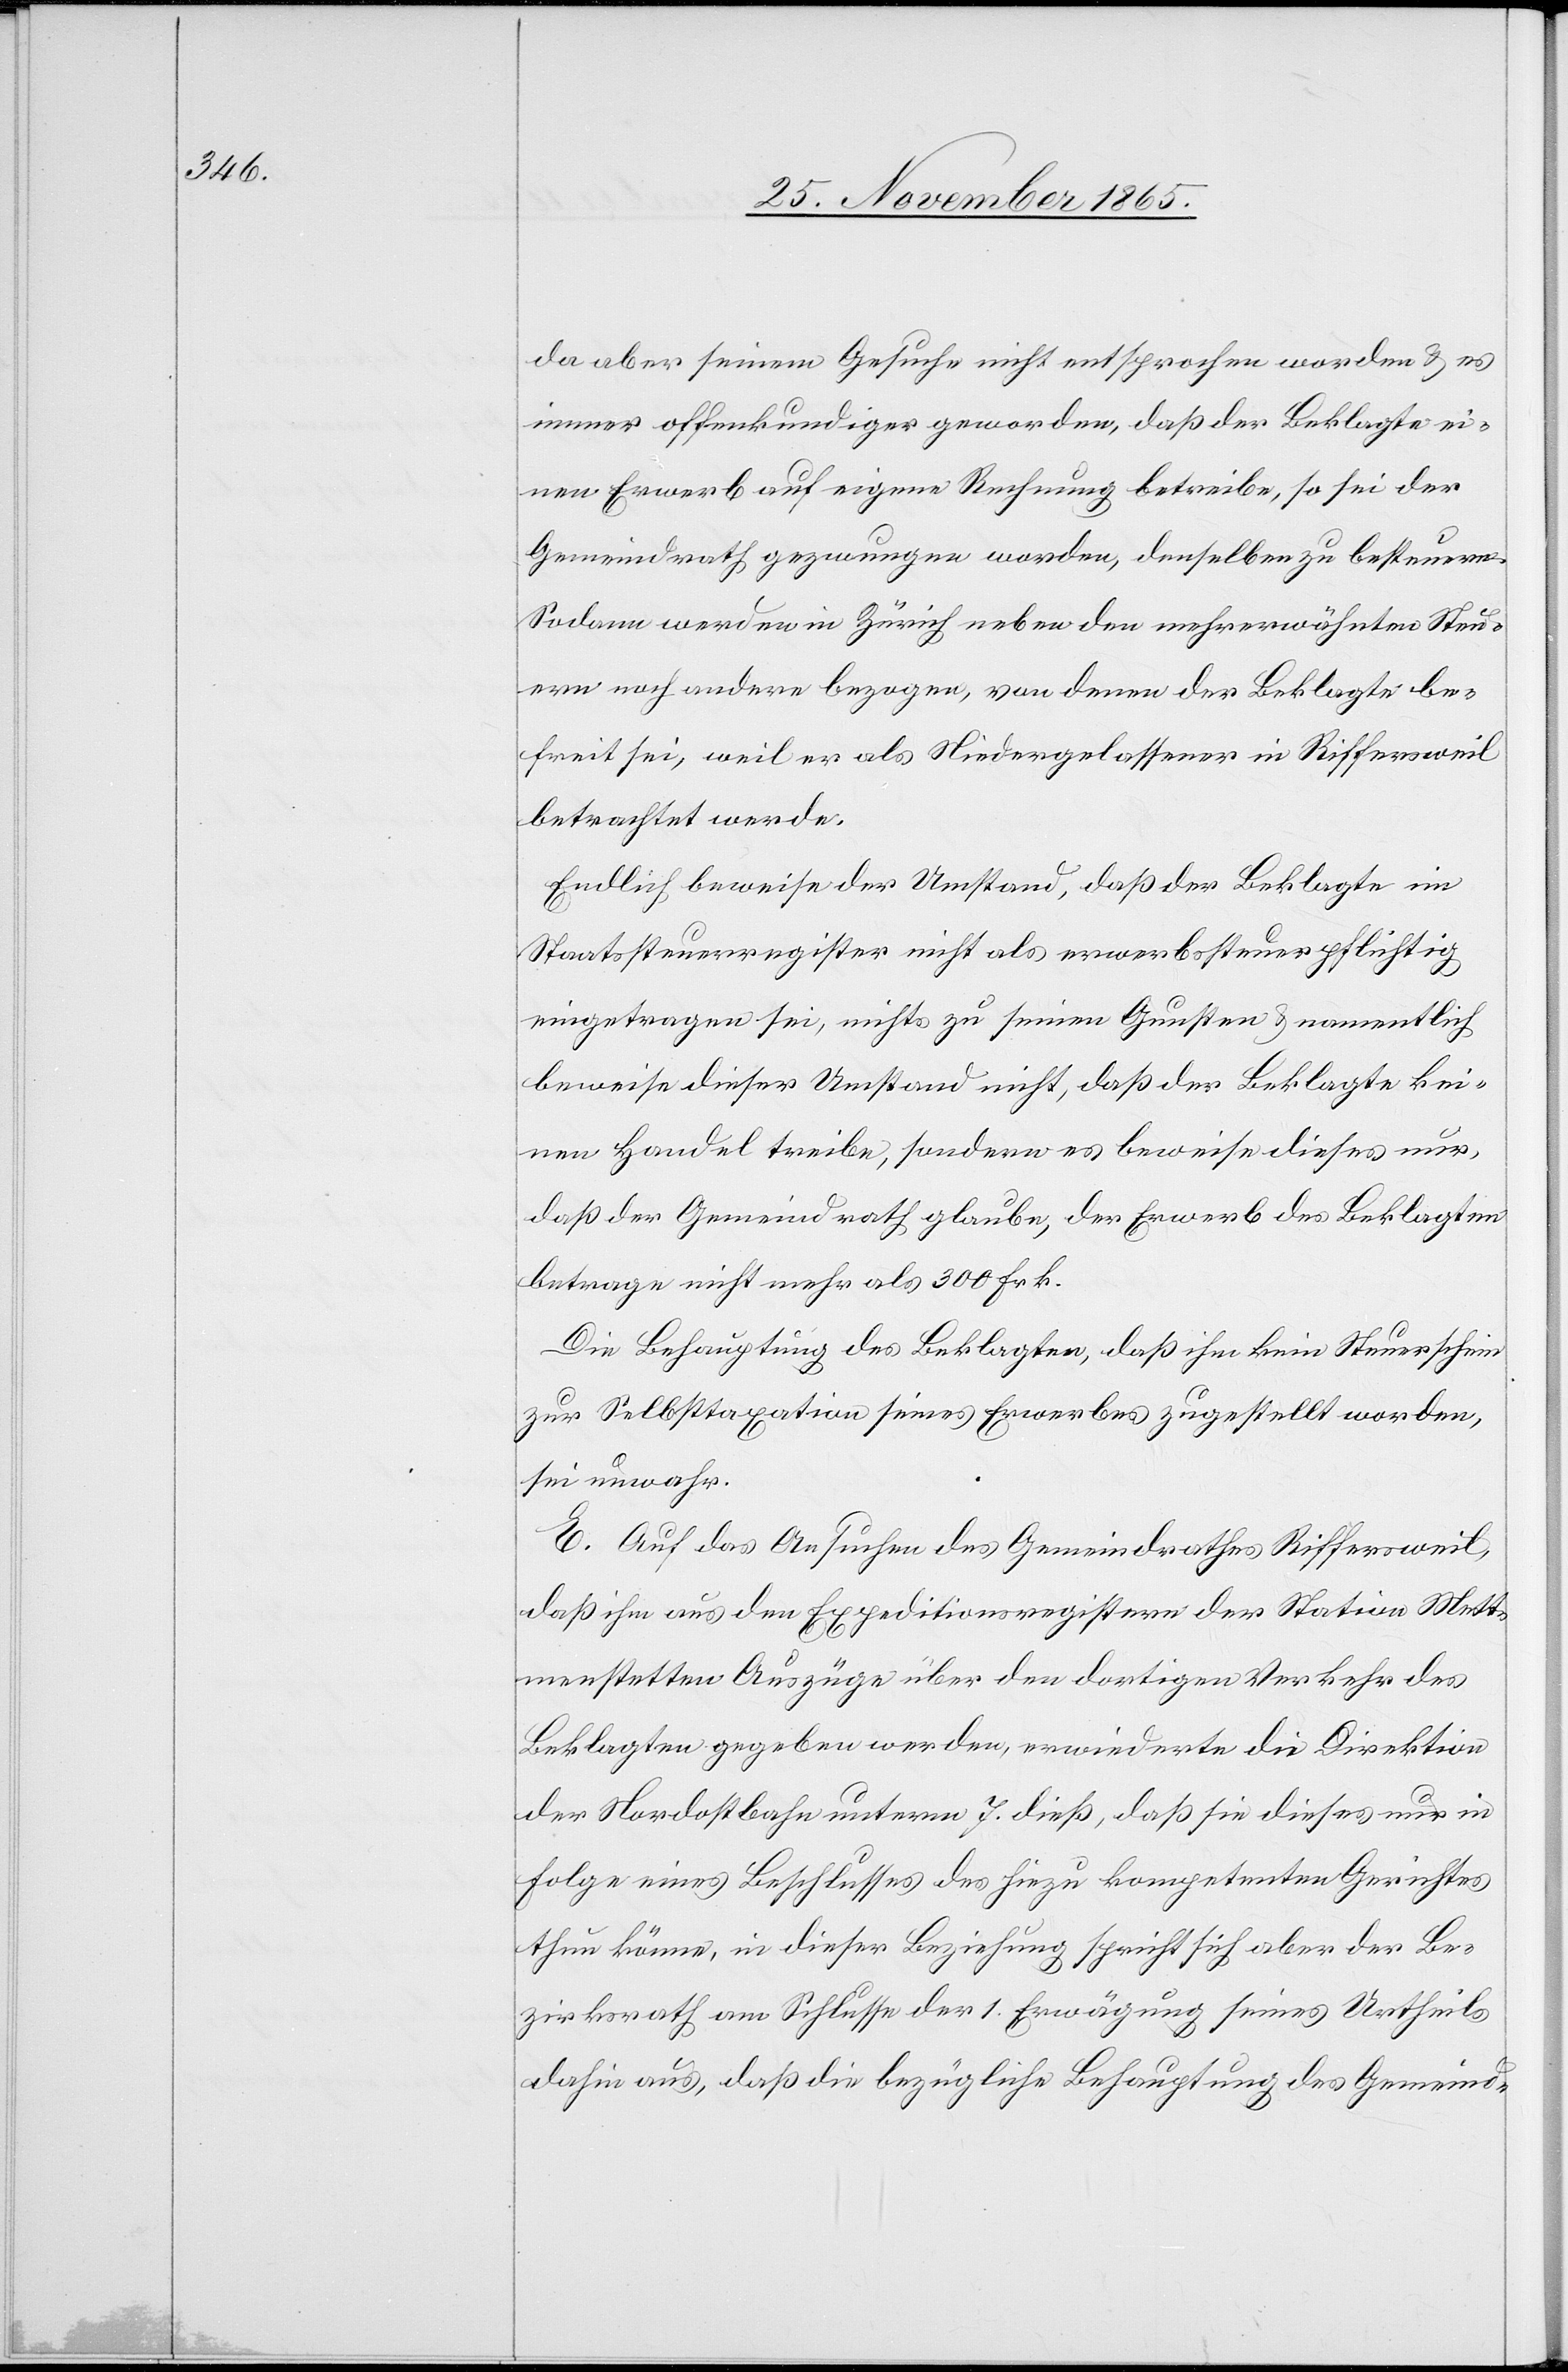
da aber seinem Gesuche nicht entsprochen worden & es
immer offenkundiger geworden, daß der Beklagte ei¬
nen Erwerb auf eigene Rechnung betreibe, so sei der
Gemeindrath gezwungen worden, denselben zu besteuern.
Sodann werden in Zürich neben den mehrerwähnten Steu¬
ern noch andere bezogen, von denen der Beklagte be¬
freit sei, weil er als Niedergelassener in Riffersweil
betrachtet werde.
Endlich beweise der Umstand, daß der Beklagte im
Staatssteuerregister nicht als erwerbssteuerpflichtig
eingetragen sei, nicht zu seinen Gunsten & namentlich
beweise dieser Umstand nicht, daß der Beklagte kei¬
nen Handel treibe, sondern es beweise dieses nur,
daß der Gemeindrath glaube, der Erwerb des Beklagten
betrage nicht mehr als 300 Frk.
Die Behauptung des Beklagten, daß ihm kein Steuerschein
zur Selbsttaxation seines Erwerbes zugestellt worden,
sei unwahr.
E. Auf das Ansuchen des Gemeindrathes Riffersweil,
daß ihm aus den Expeditionsregistern der Station Mett¬
menstetten Auszüge über den dortigen Verkehr des
Beklagten gegeben werden, erwiederte die Direktion
der Nordostbahn unterm 7. dieß, daß sie dieses nur in
Folge eines Beschlusses des hiezu kompetenten Gerichtes
thun könne, in dieser Beziehung spricht sich aber der Be¬
zirksrath am Schlusse der 1. Erwägung seines Urtheils
dahin aus, daß die bezügliche Behauptung des Gemeind-